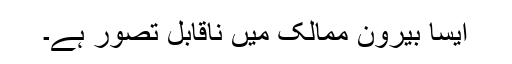
ایسا بیرون ممالک میں ناقابل تصور ہے۔